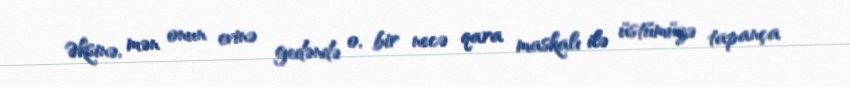
Əksinə, mən onun evinə gedəndə o, bir necə qara maskalı ilə üstümüzə tapança